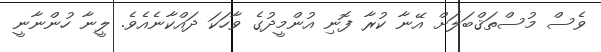
ވެސް މުސްތަޤްބަލަށް އޭނާ ކުރާ ފޮނި އުންމީދުގެ ވާހަކަ ދައްކާނެއެވެ. ލީނާ ހުންނާނީ